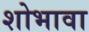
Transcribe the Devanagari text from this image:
शोभावा